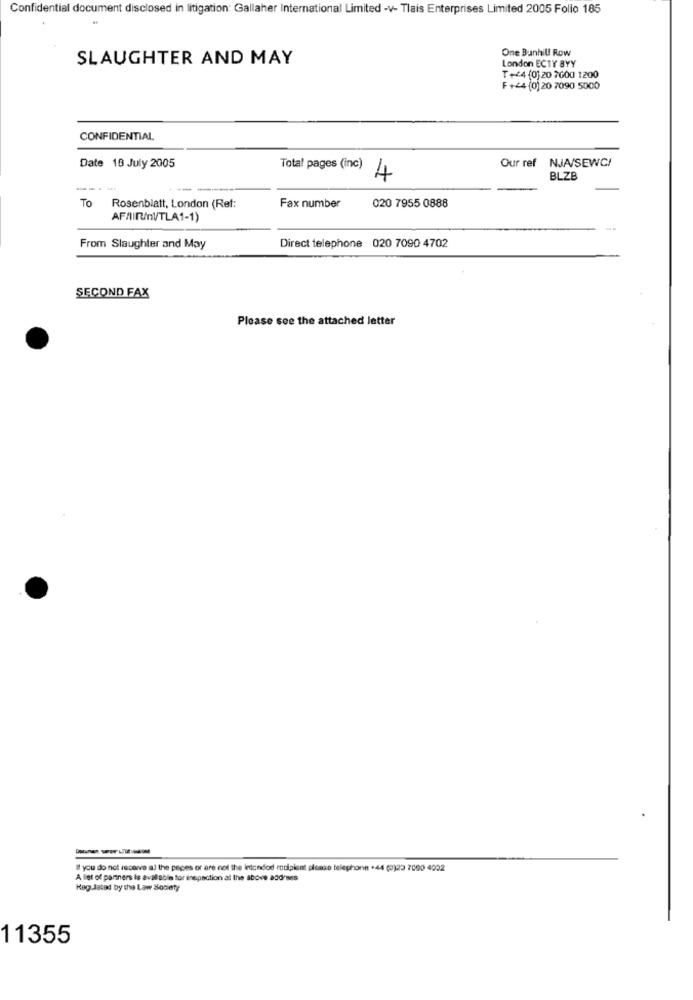
Confidential document disclosed in litigation: Gallaher International Limited -v- Tlais Enterprises Limited 2005 Follo 185
One Bunhill Row
SLAUGHTER AND MAY
London ECTY BYY
T+44 (0)20 7600 1200
F +44 (0) 20 7090 5000
CONFIDENTIAL
Our ref
NJA/SEWCI
Date 18 July 2005
Total pages (inc) 4
BLZE
----
To Rosenblatt, London (Ret:
Fax number
020 7955 0888
AF/IIR/nVTLA1-1)
Direct telephone 020 7090 4702
From Slaughter and May
SECOND FAX
Please see the attached letter
----
Il you do not receive al the pepes or are not the intendod rodipient please telephone +44 (0)23 7090 4002
A list of partners is available for inspection at the above address
Kag.dated by the Law Society
11355